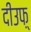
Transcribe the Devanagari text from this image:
दीउफ़्